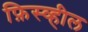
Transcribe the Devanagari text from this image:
फ़िस्व्हील